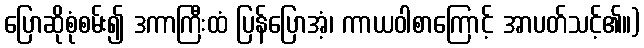
ပြောဆိုစုံစမ်း၍ ဒကာကြီးထံ ပြန်ပြောအံ့၊ ကာယဝါစာကြောင့် အာပတ်သင့်၏။)